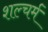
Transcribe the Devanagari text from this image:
शल्चर्म